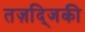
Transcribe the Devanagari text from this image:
तज़द्जिकी